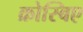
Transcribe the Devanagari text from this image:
क्रोस्बिए